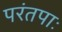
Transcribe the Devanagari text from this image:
परंतपाः